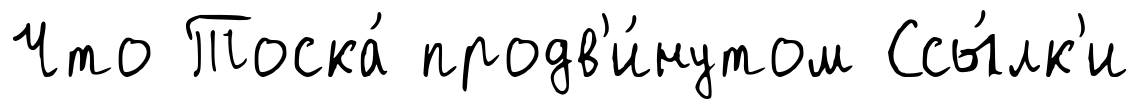
Что Тоска́ продв'и́нутом Ссы́лк'и